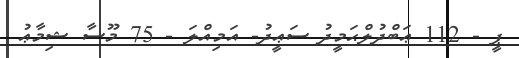
ޕީ - 112 ޢަބްދުލްޙަމީދު ސަޢީދު- އަމިއްލަ - 75 މޫސާ ޝިމާޢު